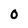
Character: 0